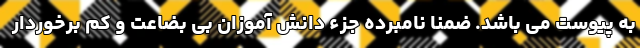
به پیوست می باشد. ضمنا نامبرده جزء دانش آموزان بی بضاعت و کم برخوردار